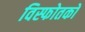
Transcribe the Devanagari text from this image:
विस्फोतकों